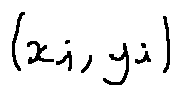
( x _ { i } , y _ { i } )